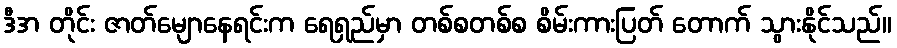
ဒီအ တိုင်း ဇာတ်မျောနေရင်းက ရေရှည်မှာ တစ်စတစ်စ စိမ်းကားပြတ် တောက် သွားနိုင်သည်။